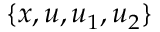
\{ x , u , u _ { 1 } , u _ { 2 } \}